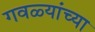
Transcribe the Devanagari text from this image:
गवळ्यांच्या